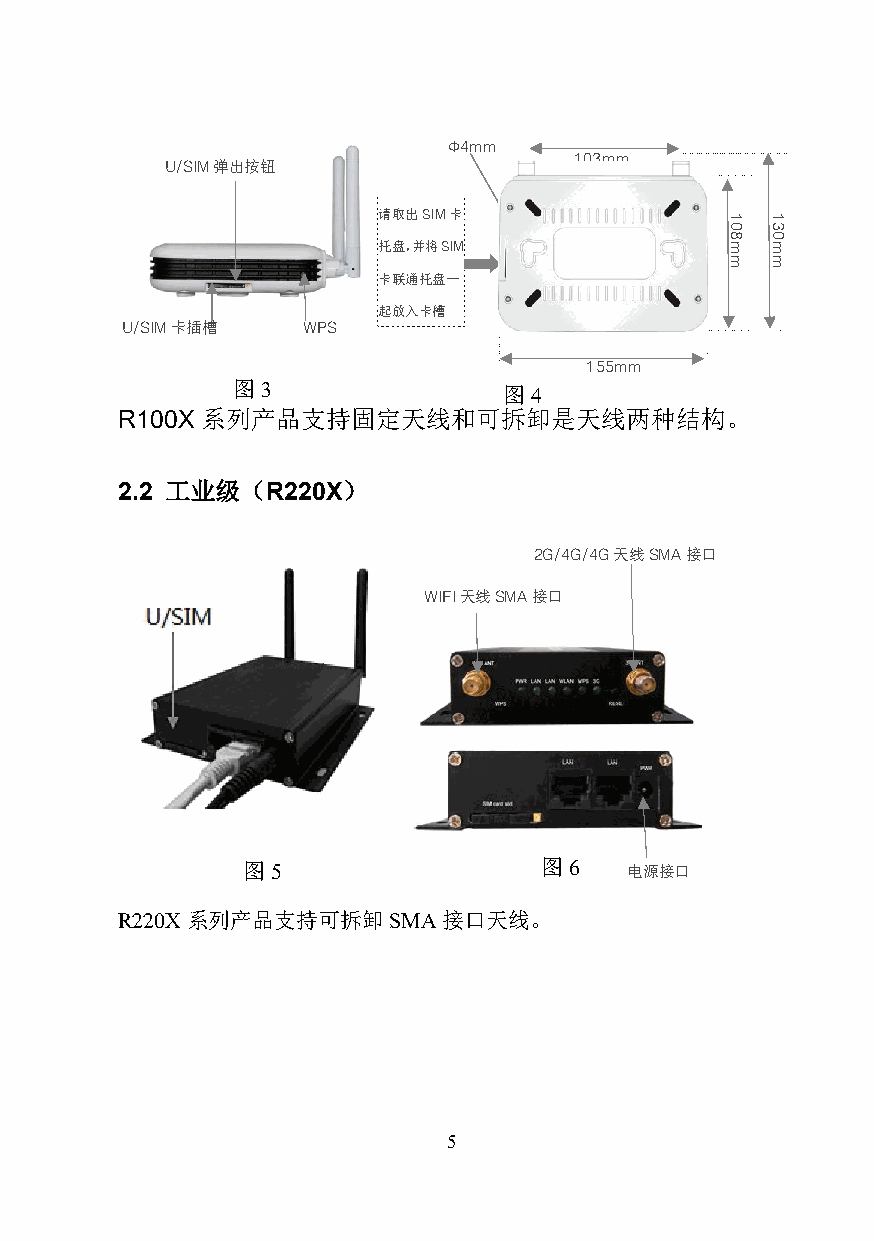
Φ4mm
 103mm
 U/SIM弹出按钮
 请取出SIM卡
 托盘，并将SIM
 卡联通托盘一
 起放入卡槽
 U/SIM卡插槽    WPS
 155mm
 图3
 图4
 R100X系列产品支持固定天线和可拆卸是天线两种结构。
 2.2 工业级（R220X）
 2G/4G/4G天线SMA接口
 WIFI天线SMA接口
 图5                  图6    电源接口
 R220X系列产品支持可拆卸SMA接口天线。
 5
 108mm 130mm